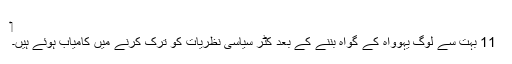
‏
11 بہت سے لوگ یہوواہ کے گواہ بننے کے بعد کٹر سیاسی نظریات کو ترک کرنے میں کامیاب ہوئے ہیں۔